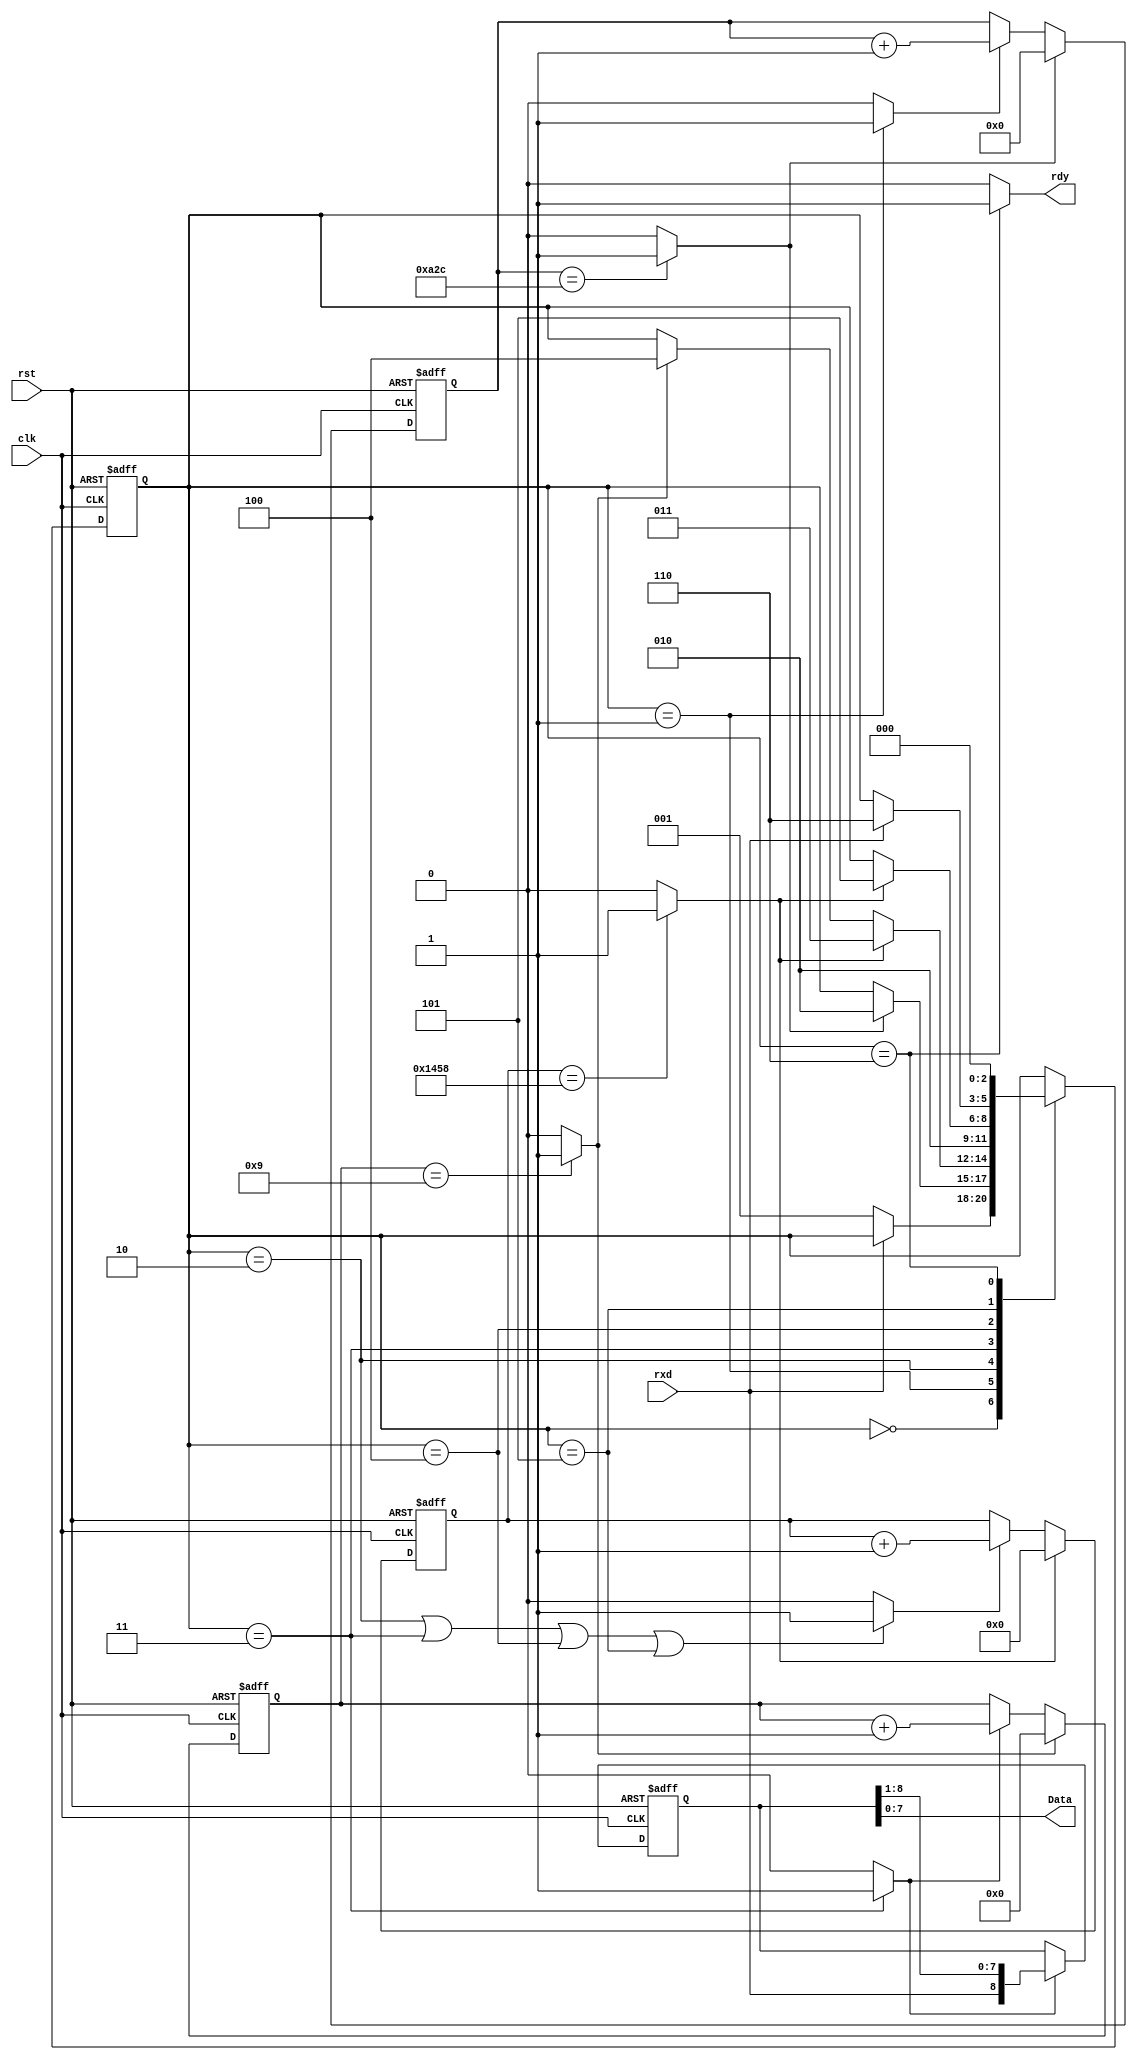
module myUART_RX(rst, clk, Data, rdy, rxd);//, parCheck);
	input rst, clk, rxd;
	output rdy;
	output [7:0]Data;
	//output parCheck;
	
	reg [8:0]trama;
	wire opR, rst_synR, ecnt217, syn, ecntBaud, carryB, carry, ecntData;
	reg [11:0]cnt217;
	reg [12:0]cntBaud;
	reg [3:0]cntData;
	
	always @(negedge rst, posedge clk) //Registro de serie a paralelo
		if(~rst) trama <= 0;
		//else if(rst_synR) trama <= 0;
		else if(opR) trama <= {rxd, trama[8:1]};
		
	always @(negedge rst, posedge clk) //Contador para sincornizar los datos
		if(~rst) cnt217 <= 0;
		else if(syn) cnt217 <= 0;
		else if (ecnt217) cnt217 <= cnt217 + 1'b1;
		
	assign syn = (cnt217 == 2604)? 1'b1 : 1'b0;
	
	always @(negedge rst, posedge clk) //Generador de baudios
		if(~rst) cntBaud <= 0;
		else if(carryB) cntBaud <= 0;
		else if (ecntBaud)cntBaud <= cntBaud + 1'b1;
		
	assign carryB = (cntBaud == 5208)? 1'b1 : 1'b0;
	
	always @(negedge rst, posedge clk) //Contador de datos de la trama recibida
		if(~rst) cntData <= 0;
		else if(carry) cntData <= 0;
		else if (opR)cntData <= cntData + 1'b1;
		
	assign carry = (cntData == 9)? 1'b1 : 1'b0;
	
	assign Data = trama[7:0];
	//assign parCheck = ~((trama[0] ^ trama[1] ^ trama[2] ^ trama[3] ^ trama[4] ^ trama[5] ^ trama[6] ^ trama[7]) ^ trama[8]);		
	
	reg [2:0] nxtSt;
	reg [2:0] currSt;
	
	always @* begin 
		nxtSt = currSt;   //This line is equivalent to the "else" condition and avoids to repeat code
		
		case(currSt)
			0:
			   if (~rxd)
					nxtSt = 1;
			1:	
			   if (syn)
					nxtSt = 2;
			2:
				if(carryB)
					nxtSt = 3;
				else if(carry)
					nxtSt = 4;
			3:
				nxtSt = 2;
			4: 
				if (carryB)
					nxtSt = 5;
			5:
				if (rxd) //Con paridad el estado 5 es copia del 4 (el rxd de esta linea se cambia por carryB)
					nxtSt = 6;
			/*6: //Descomentar para agregar paridad par
				if (rxd) 
					nxtSt = 7;*/
			6:	
				nxtSt = 0;
		endcase   
	end
	/***************************************************/
	
	/*** FSM Sequential Always***/
	always @(negedge rst, posedge clk) begin
		if (~rst) begin
			currSt <= 0;
		end
		else begin
			currSt <= nxtSt;
		end
	
	end
	/***************************************************/
	
	/*** FSM Outputs ***/
	
	assign opR = (currSt == 3) ? 1'b1 : 1'b0;
	assign ecnt217 = (currSt == 1) ? 1'b1 : 1'b0;
	assign ecntBaud = (currSt == 2 || currSt == 3 || currSt == 4 || currSt == 5) ? 1'b1 : 1'b0;
	//assign ecntData = (currSt == 3) ? 1'b1 : 1'b0;
	assign rdy = (currSt == 6) ? 1'b1 : 1'b0; // La paridad seria en estado 7
	

endmodule